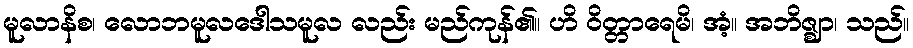
မူလာနိစ၊ လောဘမူလဒေါသမူလ လည်း မည်ကုန်၏။ ဟိ ဝိတ္တာရေမိ၊ အံ့။ အဘိဇ္ဈာ၊ သည်။